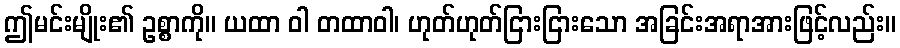
ဤမင်းမျိုး၏ ဥစ္စာကို။ ယထာ ဝါ တထာဝါ၊ ဟုတ်ဟုတ်ငြားငြားသော အခြင်းအရာအားဖြင့်လည်း။